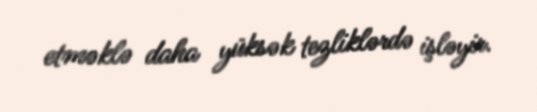
etməklə daha yüksək tezliklərdə işləyir.